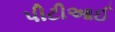
પીટીઆઈ